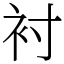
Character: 衬